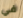
في